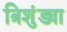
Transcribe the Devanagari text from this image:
त्रिशुंड्या